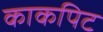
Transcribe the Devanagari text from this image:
काकपिट